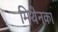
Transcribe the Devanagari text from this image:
मिथेनका